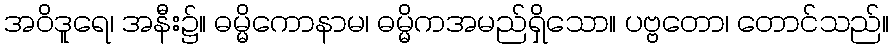
အဝိဒူရေ၊ အနီး၌။ ဓမ္မိကောနာမ၊ ဓမ္မိကအမည်ရှိသော။ ပဗ္ဗတော၊ တောင်သည်။